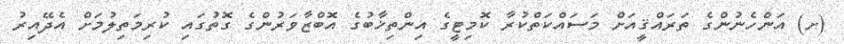
(ށ) އަންހެނުންގެ ތަރައްޤީއަށް މަސައްކަތްކުރާ ކޮމިޓީގެ އިންތިޚާބުގެ އޮބްޒާވަރުންގެ ގޮތުގައި ކުރިމަތިލުމަށް އެދޭއިރު